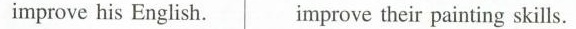
improve his English. improve their painting skills.